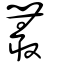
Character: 叢